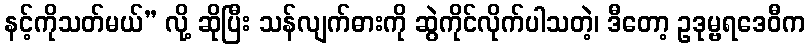
နင့်ကိုသတ်မယ်” လို့ ဆိုပြီး သန်လျက်ဓားကို ဆွဲကိုင်လိုက်ပါသတဲ့၊ ဒီတော့ ဥဒုမ္ဗရဒေဝီက